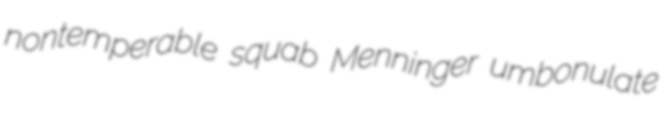
nontemperable squab Menninger umbonulate